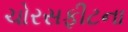
ચોરસફીટના